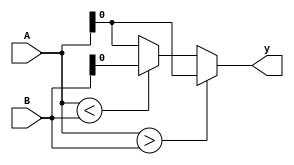
module comparator_2bit(A,B,y);
input [4:0] A,B;
output reg y;

always @(A,B)
begin
if(A>B)
  begin
    y=A;
end
else if(A < B)
  begin
   y=B;
end
else
  begin
    y=A;
end
end
endmodule